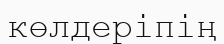
көлдеріпің